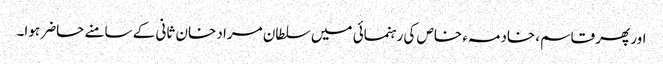
اور پھر قاسم، خادمہء خاص کی رہنمائی میں سلطان مراد خان ثانی کے سامنے حاضر ہوا۔